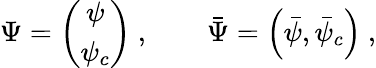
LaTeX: \Psi=\left(\begin{array}{c}{{\psi}}\\ {{\psi_{c}}}\end{array}\right)\ ,\qquad{\bar{\Psi}}=\left({\bar{\psi}},{\bar{\psi}}_{c}\right)\ ,